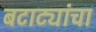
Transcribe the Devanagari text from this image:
बटाट्यांचा